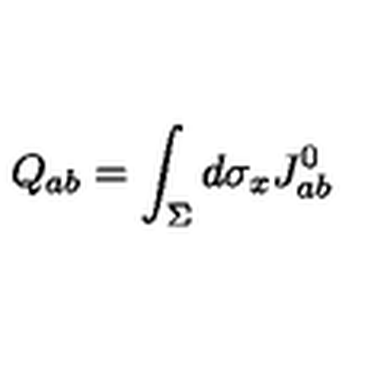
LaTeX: Q _ { a b } = \int _ { \Sigma } d \sigma _ { x } J _ { a b } ^ { 0 }